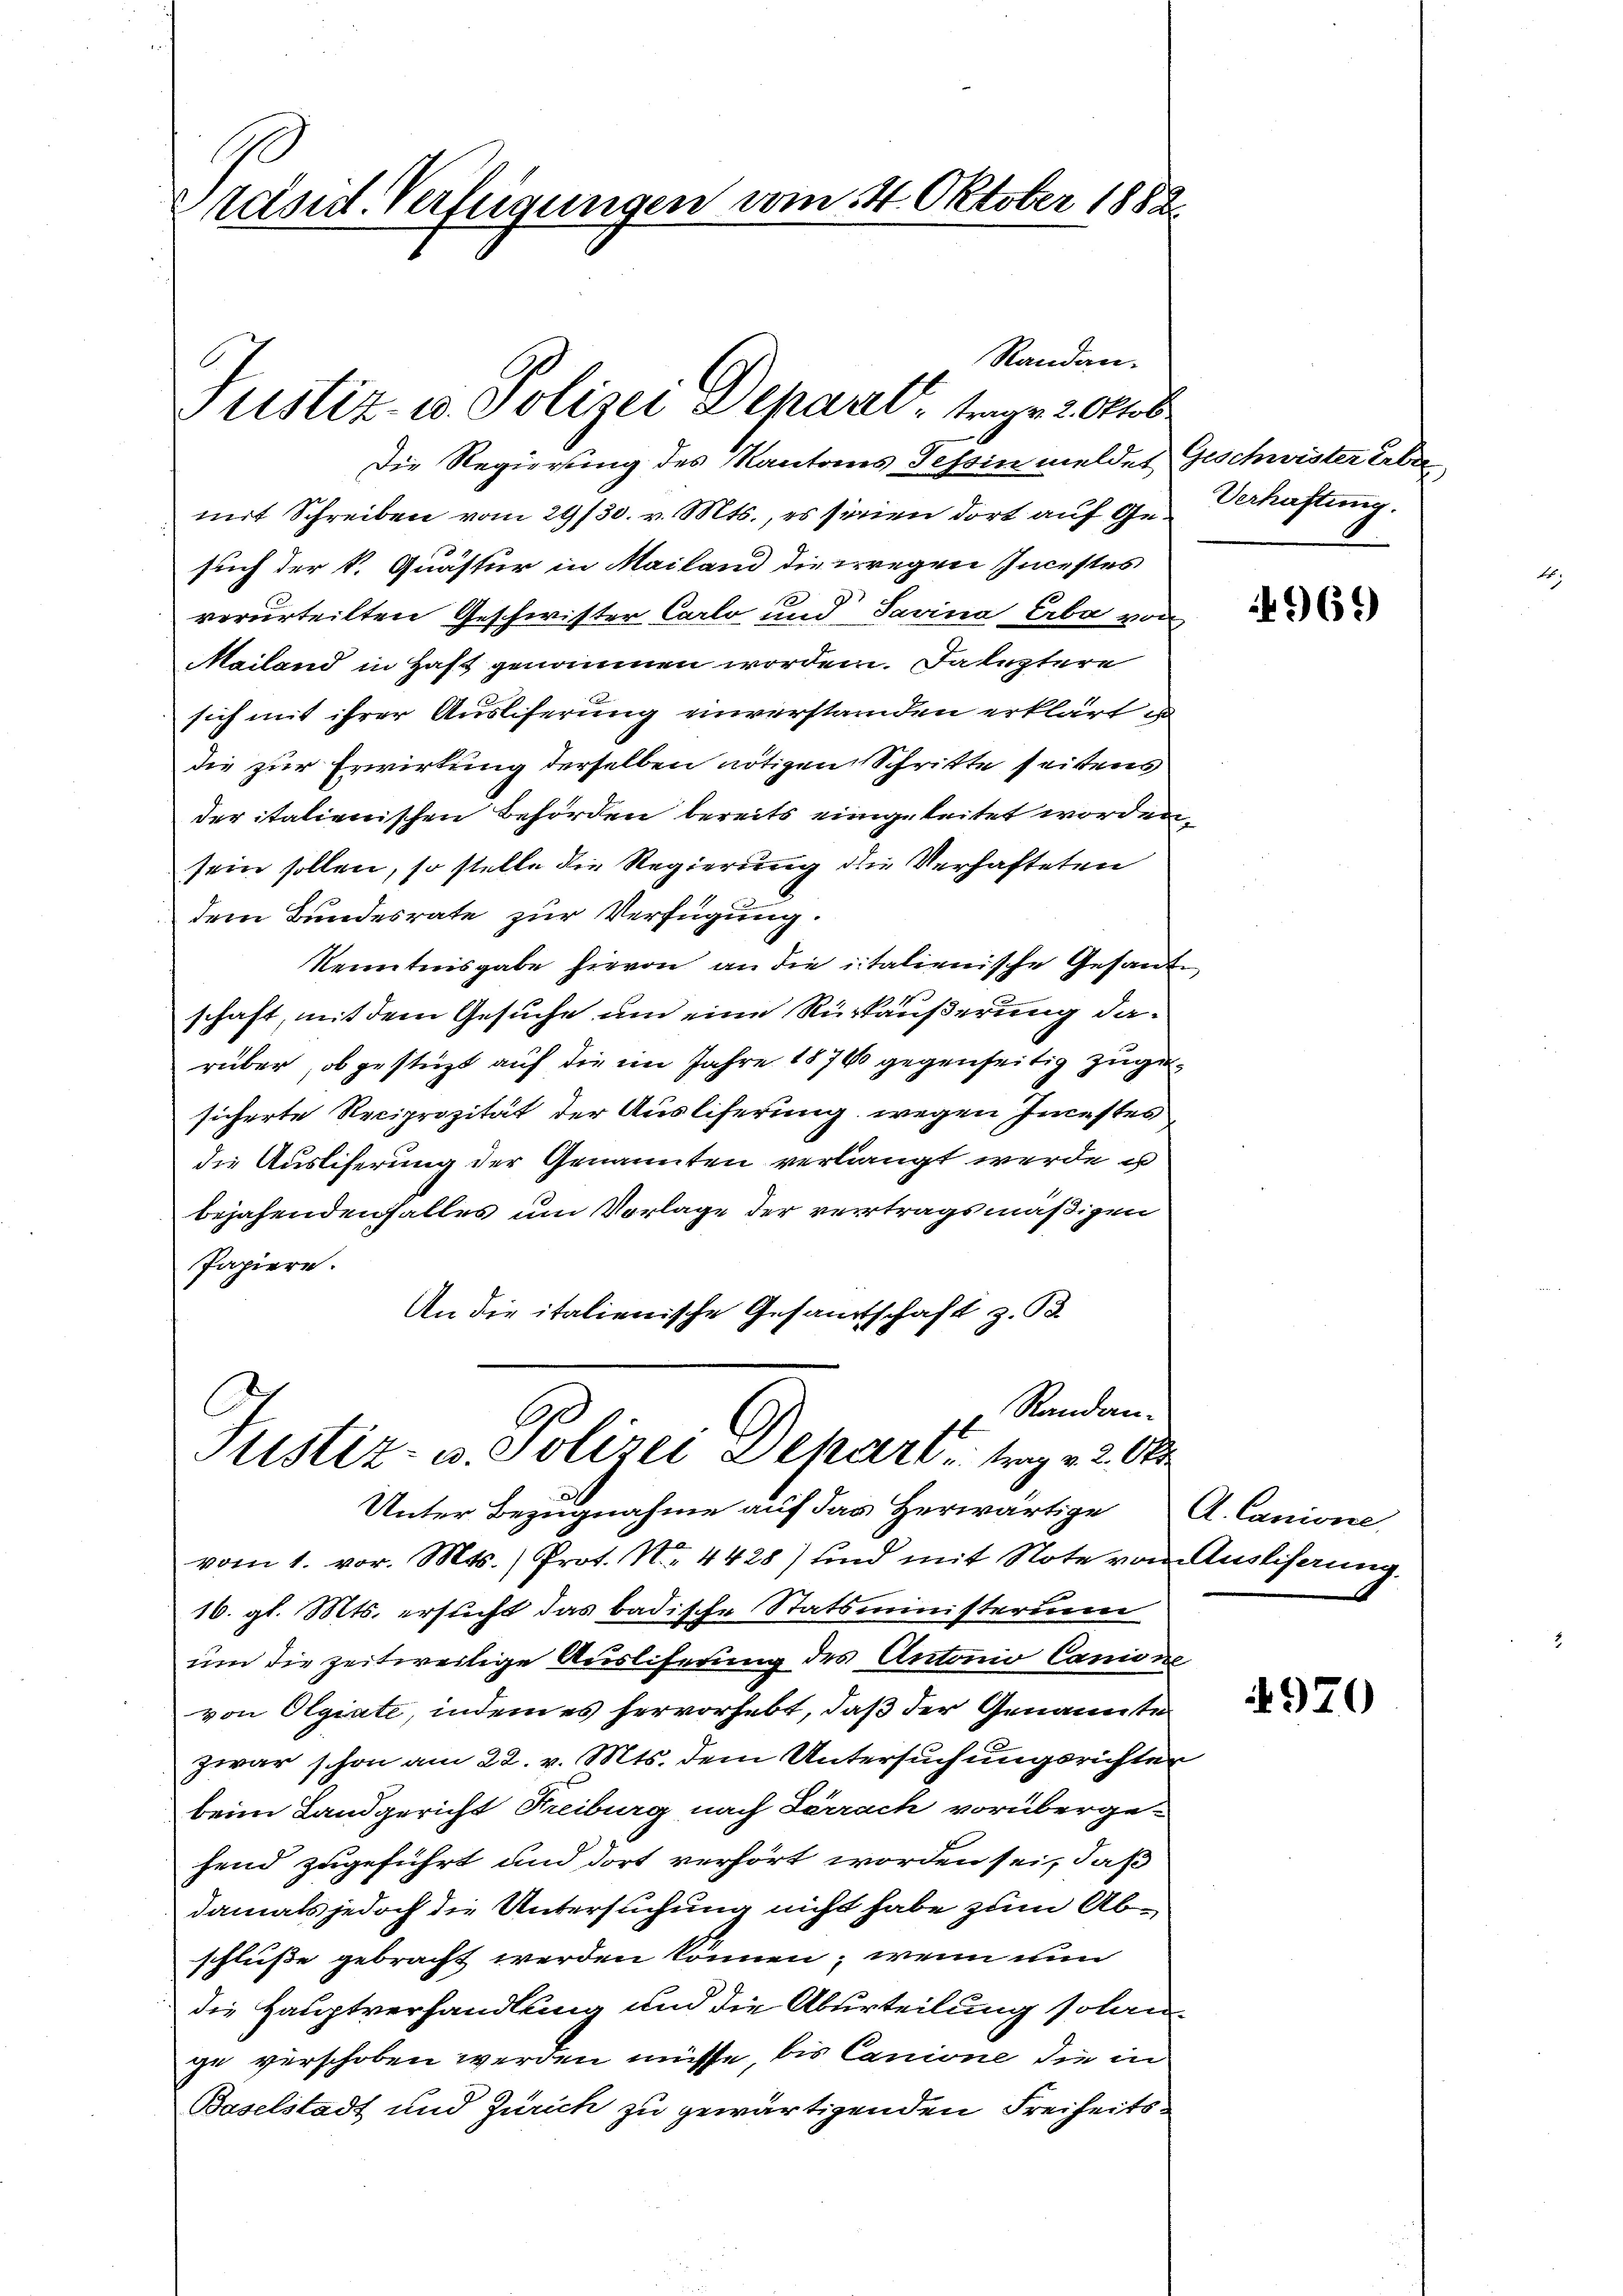
Stand. Verfügungen vom 14. Oktober 1882

Justiz- u. Polizei Depart, trage 2. Oktob

Die Regierung des Kantons Tessin meldet Geschwister Erbe
mit Schreiben vom 29/30. v. Mts., es seinen dort auf Gesuch der k. Quästur in Mailand die wegen Incestes
verurteilten Geschwister Carlo und Savina, Erbe von
Mailand in Haft genommen worden. Daleztere
sich mit ihrer Ausliserung einverstanden erklärt is
die zur Erwirkung derselben nötigen Schritte seitens
der italienischen Behörden bereits eingeleitet worden,
sein sollen, so stelle die Regierung die Verhafteten
dem Bundesrate zur Verfügung.
Kenntnisgabe hievon an die italienische Gesandte
schaft, mit dem Gesuche um eine Rückäußerung darüber, ob gesteigt auf die im Jahre 1876 gegenseitig zugesicherte Reciprozität der Ausliferung wegen Incestes
die Ausliferung der Genannten verlangt werde u
bejahendenfalles um Vorlage der vertragsmäßigen
Papiere.
An die italienische Gesandtschaft z. B.

Randan¬
A
Justiz- u. Polizei separt, trag v. 20 kr

Randau.

Unter Bezugnahme auf das Herwärtige A. Canione,
vom 1. vor. Mts. ) Prot. N. 4428) und mit Note von Ausliserung.
16. gl. Mts. ersucht das badische Statsministerium
um die zeitweilige Ausliferung des Antonio Canione
von Olgiate, indem es hervorhebt, daß der Genannte
zwar schon am 22. v. Mts. dem Untersuchungsrichten
beim Landgericht Freiburg nach Lörrach vorüberge-
hend zugeführt und dort verhört worden sei, daß
damals jedoch die Untersuchung nicht habe zum Abschluße gebracht werden können, wenn nun
die Hauptverhandlung und die Aburteilung solan-
ge verschoben werden müsse, bis Canione die in
Baselstadt und Zürich zu gewärtigenden Freiheits¬

Verhaftung.

4969

970